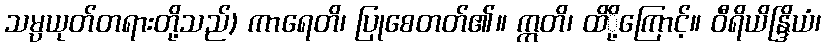
သမ္ပယုတ်တရားတို့သည်) ကာရေတိ၊ ပြုစေတတ်၏။ ဣတိ၊ ထိို့ကြောင့်။ ဝီရိယိန္ဒြိယံ၊